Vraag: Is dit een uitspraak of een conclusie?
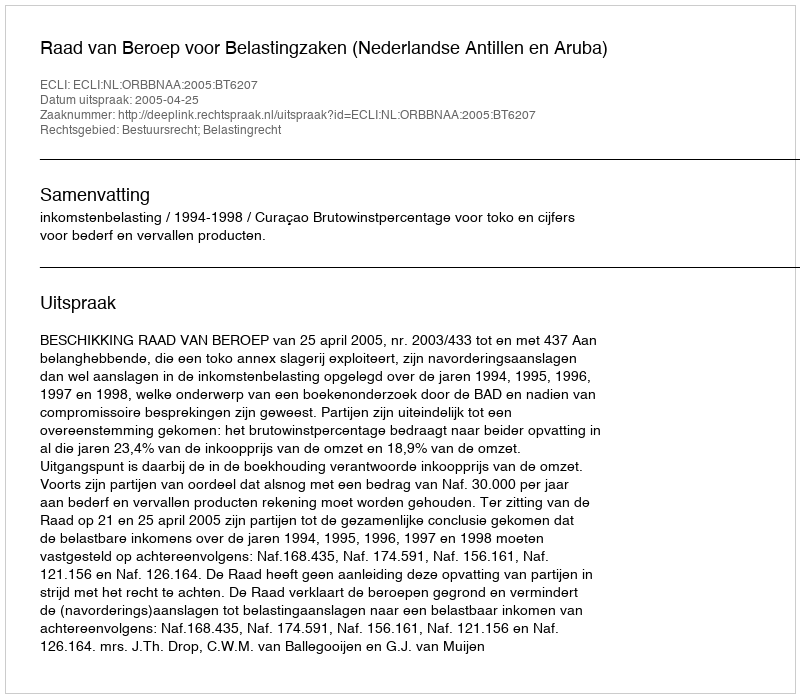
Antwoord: Uitspraak